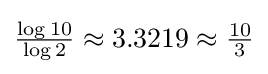
\textstyle {\frac {\log 10}{\log 2}}\approx 3.3219\approx {\frac {10}{3}}